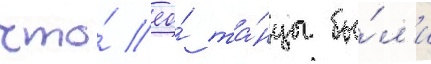
что́ ео́ та́нцы бы́л'и